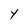
Character: Y